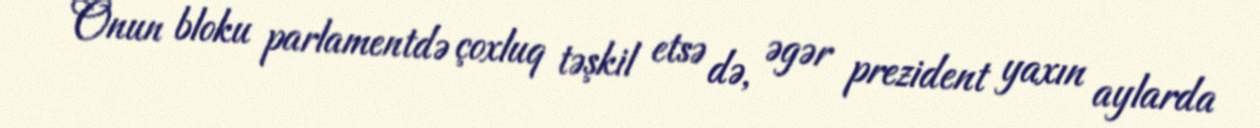
Onun bloku parlamentdə çoxluq təşkil etsə də, əgər prezident yaxın aylarda